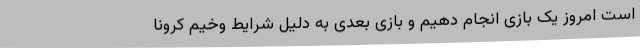
است امروز یک بازی انجام دهیم و بازی بعدی به دلیل شرایط وخیم کرونا